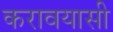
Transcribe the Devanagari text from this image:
करावयासी